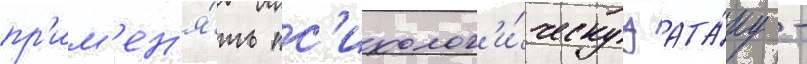
пр'им'ен'я́ть пс'ихолог'и́ческуу ата́ку -